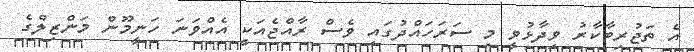
އެ ތަޖުރިބާކާރު ވިދާޅުވީ މި ސަރަހައްދުގައި ވެސް ރާއްޖެއަކީ އެއްވަނަ ހަނީމޫން މަންޒިލްގެ